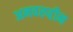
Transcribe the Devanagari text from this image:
अनवरुद्दीन